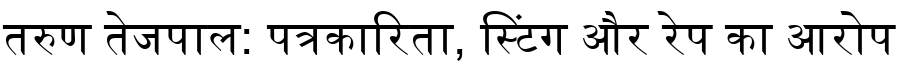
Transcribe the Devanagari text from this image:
तरुण तेजपाल: पत्रकारिता, स्टिंग और रेप का आरोप